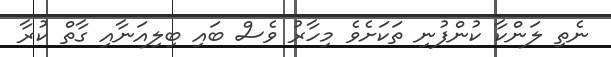
ނެތި ލަންކާ ކުންފުނި ތަކަށެވެ މިހާރު ވެސް ބައި ބިލިއަނާއި ގާތް ކުރާ